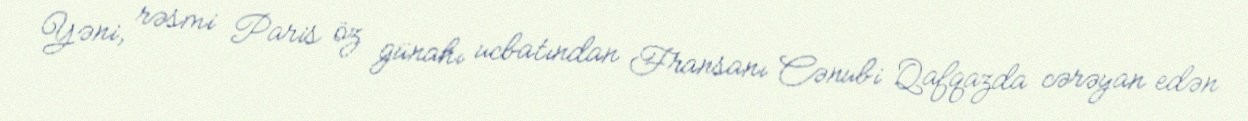
Yəni, rəsmi Paris öz günahı ucbatından Fransanı Cənubi Qafqazda cərəyan edən